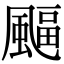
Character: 𩘆